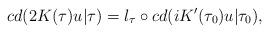
LaTeX: \begin{align*}cd(2K(\tau)u|\tau)=l_\tau\circ cd(iK'(\tau_0)u|\tau_0),\end{align*}